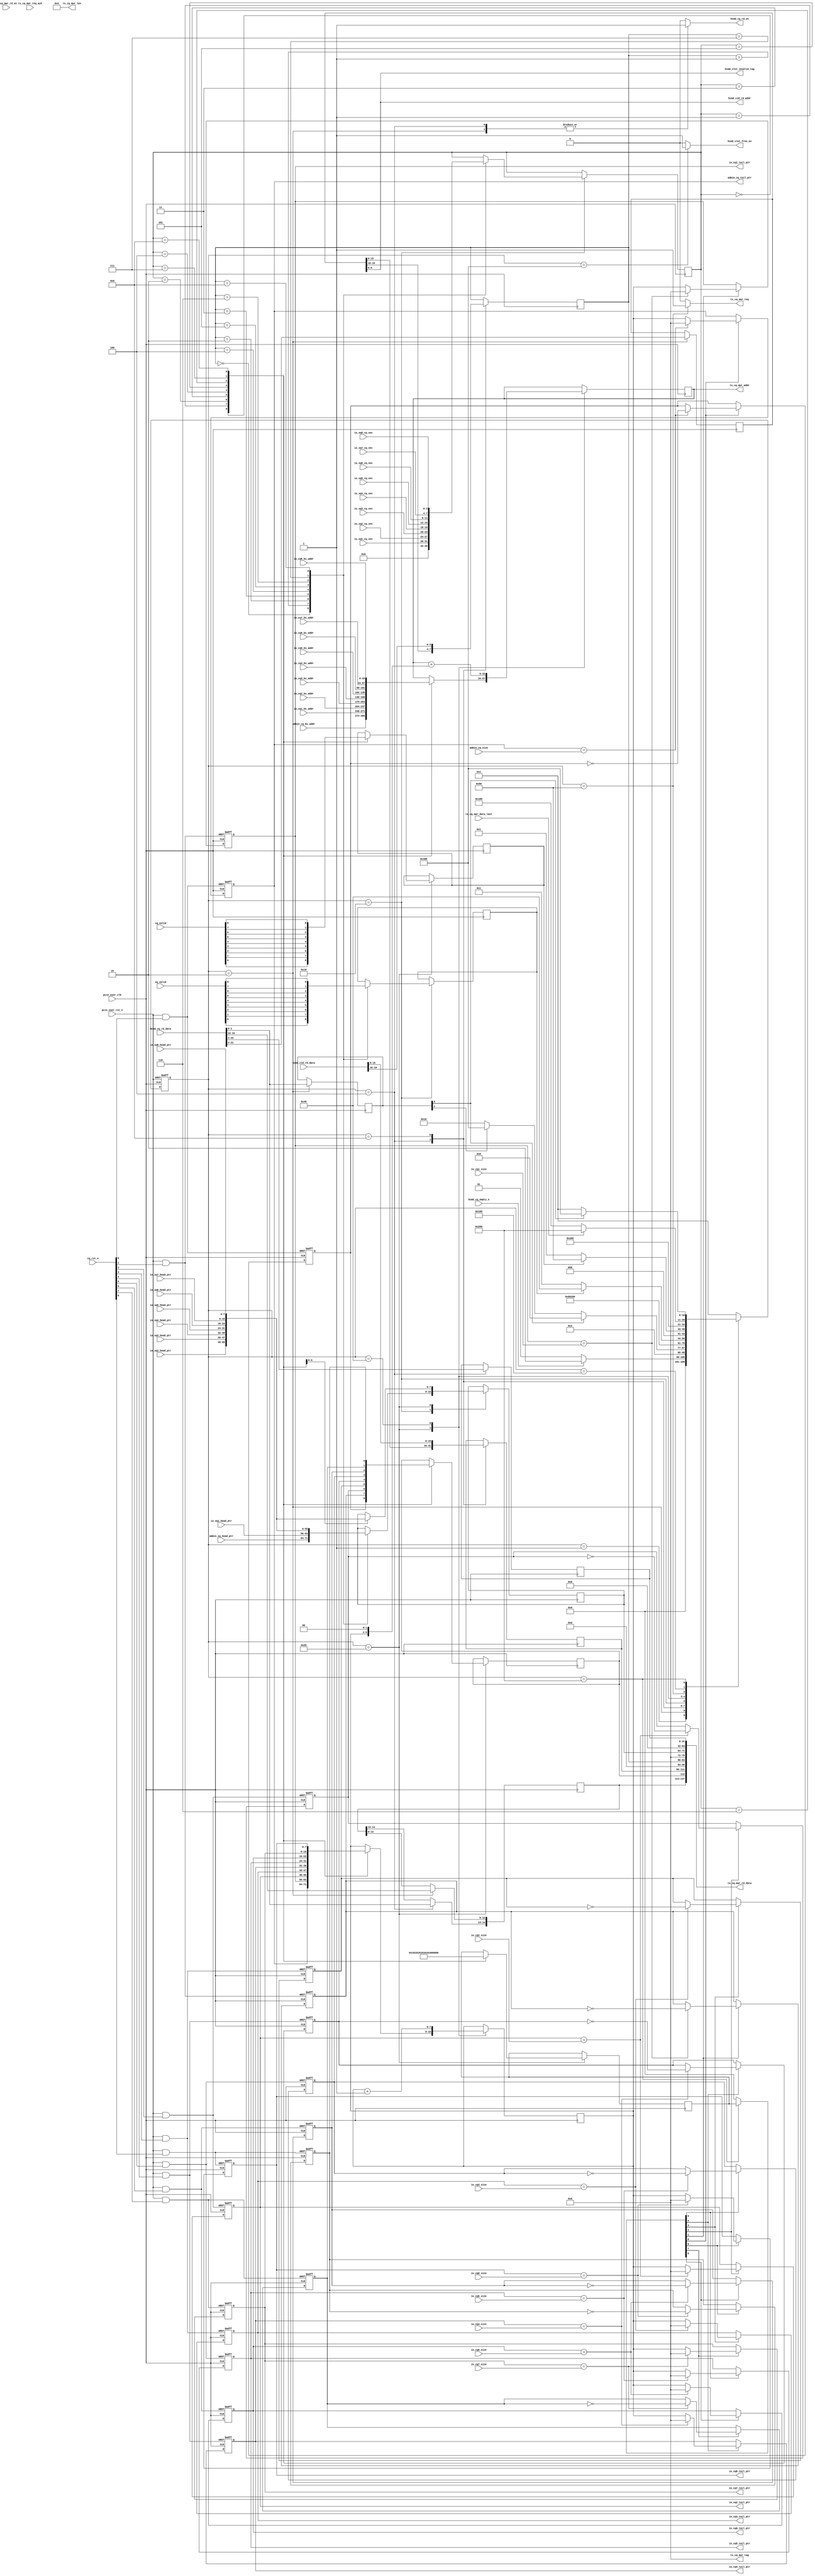

/*
----------------------------------------------------------------------------------
Copyright (c) 2013-2014

  Embedded and Network Computing Lab.
  Open SSD Project
  Hanyang University

All rights reserved.

----------------------------------------------------------------------------------

Redistribution and use in source and binary forms, with or without
modification, are permitted provided that the following conditions are
met:

  1. Redistributions of source code must retain the above copyright
     notice, this list of conditions and the following disclaimer.

  2. Redistributions in binary form must reproduce the above copyright
     notice, this list of conditions and the following disclaimer in the
     documentation and/or other materials provided with the distribution.

  3. All advertising materials mentioning features or use of this source code
     must display the following acknowledgement:
     This product includes source code developed 
     by the Embedded and Network Computing Lab. and the Open SSD Project.

THIS SOFTWARE IS PROVIDED BY THE COPYRIGHT HOLDERS AND CONTRIBUTORS "AS IS" AND
ANY EXPRESS OR IMPLIED WARRANTIES, INCLUDING, BUT NOT LIMITED TO, THE IMPLIED
WARRANTIES OF MERCHANTABILITY AND FITNESS FOR A PARTICULAR PURPOSE ARE
DISCLAIMED. IN NO EVENT SHALL THE COPYRIGHT OWNER OR CONTRIBUTORS BE LIABLE FOR
ANY DIRECT, INDIRECT, INCIDENTAL, SPECIAL, EXEMPLARY, OR CONSEQUENTIAL DAMAGES
(INCLUDING, BUT NOT LIMITED TO, PROCUREMENT OF SUBSTITUTE GOODS OR SERVICES;
LOSS OF USE, DATA, OR PROFITS; OR BUSINESS INTERRUPTION) HOWEVER CAUSED AND
ON ANY THEORY OF LIABILITY, WHETHER IN CONTRACT, STRICT LIABILITY, OR TORT
(INCLUDING NEGLIGENCE OR OTHERWISE) ARISING IN ANY WAY OUT OF THE USE OF THIS
SOFTWARE, EVEN IF ADVISED OF THE POSSIBILITY OF SUCH DAMAGE.

----------------------------------------------------------------------------------

http://enclab.hanyang.ac.kr/
http://www.openssd-project.org/
http://www.hanyang.ac.kr/

----------------------------------------------------------------------------------
*/


`timescale 1ns / 1ps


module pcie_hcmd_cq_req # (
	parameter	C_PCIE_DATA_WIDTH			= 128,
	parameter	C_PCIE_ADDR_WIDTH			= 36
)
(
	input									pcie_user_clk,
	input									pcie_user_rst_n,

	output									hcmd_cq_rd_en,
	input	[34:0]							hcmd_cq_rd_data,
	input									hcmd_cq_empty_n,

	output	[6:0]							hcmd_cid_rd_addr,
	input	[19:0]							hcmd_cid_rd_data,

	input	[3:0]							io_sq1_cq_vec,
	input	[3:0]							io_sq2_cq_vec,
	input	[3:0]							io_sq3_cq_vec,
	input	[3:0]							io_sq4_cq_vec,
	input	[3:0]							io_sq5_cq_vec,
	input	[3:0]							io_sq6_cq_vec,
	input	[3:0]							io_sq7_cq_vec,
	input	[3:0]							io_sq8_cq_vec,

	input	[8:0]							sq_valid,
	input	[8:0]							cq_rst_n,
	input	[8:0]							cq_valid,
	input	[7:0]							admin_cq_size,
	input	[7:0]							io_cq1_size,
	input	[7:0]							io_cq2_size,
	input	[7:0]							io_cq3_size,
	input	[7:0]							io_cq4_size,
	input	[7:0]							io_cq5_size,
	input	[7:0]							io_cq6_size,
	input	[7:0]							io_cq7_size,
	input	[7:0]							io_cq8_size,
	input	[C_PCIE_ADDR_WIDTH-1:2]			admin_cq_bs_addr,
	input	[C_PCIE_ADDR_WIDTH-1:2]			io_cq1_bs_addr,
	input	[C_PCIE_ADDR_WIDTH-1:2]			io_cq2_bs_addr,
	input	[C_PCIE_ADDR_WIDTH-1:2]			io_cq3_bs_addr,
	input	[C_PCIE_ADDR_WIDTH-1:2]			io_cq4_bs_addr,
	input	[C_PCIE_ADDR_WIDTH-1:2]			io_cq5_bs_addr,
	input	[C_PCIE_ADDR_WIDTH-1:2]			io_cq6_bs_addr,
	input	[C_PCIE_ADDR_WIDTH-1:2]			io_cq7_bs_addr,
	input	[C_PCIE_ADDR_WIDTH-1:2]			io_cq8_bs_addr,

	output	[7:0]							admin_cq_tail_ptr,
	output	[7:0]							io_cq1_tail_ptr,
	output	[7:0]							io_cq2_tail_ptr,
	output	[7:0]							io_cq3_tail_ptr,
	output	[7:0]							io_cq4_tail_ptr,
	output	[7:0]							io_cq5_tail_ptr,
	output	[7:0]							io_cq6_tail_ptr,
	output	[7:0]							io_cq7_tail_ptr,
	output	[7:0]							io_cq8_tail_ptr,

	input	[7:0]							admin_sq_head_ptr,
	input	[7:0]							io_sq1_head_ptr,
	input	[7:0]							io_sq2_head_ptr,
	input	[7:0]							io_sq3_head_ptr,
	input	[7:0]							io_sq4_head_ptr,
	input	[7:0]							io_sq5_head_ptr,
	input	[7:0]							io_sq6_head_ptr,
	input	[7:0]							io_sq7_head_ptr,
	input	[7:0]							io_sq8_head_ptr,

	output									hcmd_slot_free_en,
	output	[6:0]							hcmd_slot_invalid_tag,

	output									tx_cq_mwr_req,
	output	[7:0]							tx_cq_mwr_tag,
	output	[11:2]							tx_cq_mwr_len,
	output	[C_PCIE_ADDR_WIDTH-1:2]			tx_cq_mwr_addr,
	input									tx_cq_mwr_req_ack,
	input									tx_cq_mwr_rd_en,
	output	[C_PCIE_DATA_WIDTH-1:0]			tx_cq_mwr_rd_data,
	input									tx_cq_mwr_data_last
);

localparam	LP_CPL_PCIE_TAG_PREFIX			= 8'b00000000;
localparam	LP_CPL_SIZE						= 10'h04;


localparam	S_IDLE							= 11'b00000000001;
localparam	S_CPL_STATUS0					= 11'b00000000010;
localparam	S_CPL_STATUS1					= 11'b00000000100;
localparam	S_CPL_STATUS2					= 11'b00000001000;
localparam	S_CPL_STATUS3					= 11'b00000010000;
localparam	S_HEAD_PTR						= 11'b00000100000;
localparam	S_PCIE_ADDR						= 11'b00001000000;
localparam	S_PCIE_MWR_REQ					= 11'b00010000000;
localparam	S_PCIE_MWR_DATA_LAST			= 11'b00100000000;
localparam	S_PCIE_MWR_DONE					= 11'b01000000000;
localparam	S_PCIE_SLOT_RELEASE				= 11'b10000000000;

reg		[10:0]								cur_state;
reg		[10:0]								next_state;

reg											r_sq_is_valid;
reg											r_cq_is_valid;

reg		[7:0]								r_admin_cq_tail_ptr;
reg		[7:0]								r_io_cq1_tail_ptr;
reg		[7:0]								r_io_cq2_tail_ptr;
reg		[7:0]								r_io_cq3_tail_ptr;
reg		[7:0]								r_io_cq4_tail_ptr;
reg		[7:0]								r_io_cq5_tail_ptr;
reg		[7:0]								r_io_cq6_tail_ptr;
reg		[7:0]								r_io_cq7_tail_ptr;
reg		[7:0]								r_io_cq8_tail_ptr;
reg		[8:0]								r_cq_phase_tag;

reg		[3:0]								r_sq_cq_vec;
reg		[8:0]								r_cq_valid_entry;
reg		[8:0]								r_cq_update_entry;

reg											r_hcmd_cq_rd_en;
wire	[6:0]								w_hcmd_slot_tag;
reg											r_hcmd_slot_free_en;

reg		[1:0]								r_cql_type;
reg		[19:0]								r_cql_info;
reg		[3:0]								r_cpl_sq_qid;
reg		[15:0]								r_cpl_cid;
reg		[14:0]								r_cpl_status;
reg		[31:0]								r_cpl_specific;
reg		[7:0]								r_cq_tail_ptr;
reg		[7:0]								r_sq_head_ptr;
reg											r_phase_tag;

reg											r_tx_cq_mwr_req;
reg		[C_PCIE_ADDR_WIDTH-1:2]				r_tx_cq_mwr_addr;
wire	[31:0]								w_cpl_dw0;
wire	[31:0]								w_cpl_dw1;
wire	[31:0]								w_cpl_dw2;
wire	[31:0]								w_cpl_dw3;

wire	[8:0]								w_cq_rst_n;

assign admin_cq_tail_ptr = r_admin_cq_tail_ptr;
assign io_cq1_tail_ptr = r_io_cq1_tail_ptr;
assign io_cq2_tail_ptr = r_io_cq2_tail_ptr;
assign io_cq3_tail_ptr = r_io_cq3_tail_ptr;
assign io_cq4_tail_ptr = r_io_cq4_tail_ptr;
assign io_cq5_tail_ptr = r_io_cq5_tail_ptr;
assign io_cq6_tail_ptr = r_io_cq6_tail_ptr;
assign io_cq7_tail_ptr = r_io_cq7_tail_ptr;
assign io_cq8_tail_ptr = r_io_cq8_tail_ptr;

assign hcmd_cq_rd_en = r_hcmd_cq_rd_en;
assign hcmd_cid_rd_addr = w_hcmd_slot_tag;
assign hcmd_slot_free_en = r_hcmd_slot_free_en;
assign hcmd_slot_invalid_tag = w_hcmd_slot_tag;

assign w_cpl_dw0 = r_cpl_specific;
assign w_cpl_dw1 = 0;
assign w_cpl_dw2 = {12'b0, r_cpl_sq_qid, 8'b0, r_sq_head_ptr};
assign w_cpl_dw3 = {r_cpl_status, r_phase_tag, r_cpl_cid};

assign tx_cq_mwr_req = r_tx_cq_mwr_req;
assign tx_cq_mwr_tag = LP_CPL_PCIE_TAG_PREFIX;
assign tx_cq_mwr_len = LP_CPL_SIZE;
assign tx_cq_mwr_addr = r_tx_cq_mwr_addr;
assign tx_cq_mwr_rd_data = {w_cpl_dw3, w_cpl_dw2, w_cpl_dw1, w_cpl_dw0};

always @ (posedge pcie_user_clk or negedge pcie_user_rst_n)
begin
	if(pcie_user_rst_n == 0)
		cur_state <= S_IDLE;
	else
		cur_state <= next_state;
end

always @ (*)
begin
	case(cur_state)
		S_IDLE: begin
			if(hcmd_cq_empty_n == 1)
				next_state <= S_CPL_STATUS0;
			else
				next_state <= S_IDLE;
		end
		S_CPL_STATUS0: begin
			next_state <= S_CPL_STATUS1;
		end
		S_CPL_STATUS1: begin
			if(r_cql_type[0] == 1)
				next_state <= S_CPL_STATUS2;
			else if(r_cql_type[1] == 1)
				next_state <= S_PCIE_SLOT_RELEASE;
			else
				next_state <= S_CPL_STATUS3;
		end
		S_CPL_STATUS2: begin
			next_state <= S_CPL_STATUS3;
		end
		S_CPL_STATUS3: begin
			next_state <= S_HEAD_PTR;
		end
		S_HEAD_PTR: begin
			if(r_sq_is_valid == 1)
				next_state <= S_PCIE_ADDR;
			else
				next_state <= S_IDLE;
		end
		S_PCIE_ADDR: begin
			if(r_cq_is_valid == 1)
				next_state <= S_PCIE_MWR_REQ;
			else
				next_state <= S_IDLE;
		end
		S_PCIE_MWR_REQ: begin
			next_state <= S_PCIE_MWR_DATA_LAST;
		end
		S_PCIE_MWR_DATA_LAST: begin
			if(tx_cq_mwr_data_last == 1)
				next_state <= S_PCIE_MWR_DONE;
			else
				next_state <= S_PCIE_MWR_DATA_LAST;
		end
		S_PCIE_MWR_DONE: begin
			if(r_cql_type[0] == 1)
				next_state <= S_PCIE_SLOT_RELEASE;
			else
				next_state <= S_IDLE;
		end
		S_PCIE_SLOT_RELEASE: begin
			next_state <= S_IDLE;
		end
		default: begin
			next_state <= S_IDLE;
		end
	endcase
end

assign w_hcmd_slot_tag = r_cql_info[6:0];

always @ (posedge pcie_user_clk)
begin
	case(cur_state)
		S_IDLE: begin

		end
		S_CPL_STATUS0: begin
			r_cql_type <= hcmd_cq_rd_data[1:0];
			r_cql_info <= hcmd_cq_rd_data[21:2];
			r_cpl_status[12:0] <= hcmd_cq_rd_data[34:22];
		end
		S_CPL_STATUS1: begin
			r_cpl_cid <= r_cql_info[15:0];
			r_cpl_sq_qid <= r_cql_info[19:16];
			r_cpl_status[14:13] <= hcmd_cq_rd_data[1:0];
			r_cpl_specific[31:0] <= hcmd_cq_rd_data[33:2];
		end
		S_CPL_STATUS2: begin
			r_cpl_cid <= hcmd_cid_rd_data[15:0];
			r_cpl_sq_qid <= hcmd_cid_rd_data[19:16];
		end
		S_CPL_STATUS3: begin
			case(r_cpl_sq_qid) // synthesis parallel_case full_case
				4'h0: begin
					r_sq_is_valid <= sq_valid[0];
					r_sq_cq_vec <= 4'h0;
					r_sq_head_ptr <= admin_sq_head_ptr;
				end
				4'h1: begin
					r_sq_is_valid <= sq_valid[1];
					r_sq_cq_vec <= io_sq1_cq_vec;
					r_sq_head_ptr <= io_sq1_head_ptr;
				end
				4'h2: begin
					r_sq_is_valid <= sq_valid[2];
					r_sq_cq_vec <= io_sq2_cq_vec;
					r_sq_head_ptr <= io_sq2_head_ptr;
				end
				4'h3: begin
					r_sq_is_valid <= sq_valid[3];
					r_sq_cq_vec <= io_sq3_cq_vec;
					r_sq_head_ptr <= io_sq3_head_ptr;
				end
				4'h4: begin
					r_sq_is_valid <= sq_valid[4];
					r_sq_cq_vec <= io_sq4_cq_vec;
					r_sq_head_ptr <= io_sq4_head_ptr;
				end
				4'h5: begin
					r_sq_is_valid <= sq_valid[5];
					r_sq_cq_vec <= io_sq5_cq_vec;
					r_sq_head_ptr <= io_sq5_head_ptr;
				end
				4'h6: begin
					r_sq_is_valid <= sq_valid[6];
					r_sq_cq_vec <= io_sq6_cq_vec;
					r_sq_head_ptr <= io_sq6_head_ptr;
				end
				4'h7: begin
					r_sq_is_valid <= sq_valid[7];
					r_sq_cq_vec <= io_sq7_cq_vec;
					r_sq_head_ptr <= io_sq7_head_ptr;
				end
				4'h8: begin
					r_sq_is_valid <= sq_valid[8];
					r_sq_cq_vec <= io_sq8_cq_vec;
					r_sq_head_ptr <= io_sq8_head_ptr;
				end
			endcase
		end
		S_HEAD_PTR: begin
			case(r_sq_cq_vec) // synthesis parallel_case full_case
				4'h0: begin
					r_cq_is_valid <= cq_valid[0];
					r_tx_cq_mwr_addr <= admin_cq_bs_addr;
					r_cq_tail_ptr <= r_admin_cq_tail_ptr;
					r_phase_tag <= r_cq_phase_tag[0];
					r_cq_valid_entry <= 9'b000000001;
				end
				4'h1: begin
					r_cq_is_valid <= cq_valid[1];
					r_tx_cq_mwr_addr <= io_cq1_bs_addr;
					r_cq_tail_ptr <= r_io_cq1_tail_ptr;
					r_phase_tag <= r_cq_phase_tag[1];
					r_cq_valid_entry <= 9'b000000010;
				end
				4'h2: begin
					r_cq_is_valid <= cq_valid[2];
					r_tx_cq_mwr_addr <= io_cq2_bs_addr;
					r_cq_tail_ptr <= r_io_cq2_tail_ptr;
					r_phase_tag <= r_cq_phase_tag[2];
					r_sq_head_ptr <= io_sq2_head_ptr;
					r_cq_valid_entry <= 9'b000000100;
				end
				4'h3: begin
					r_cq_is_valid <= cq_valid[3];
					r_tx_cq_mwr_addr <= io_cq3_bs_addr;
					r_cq_tail_ptr <= r_io_cq3_tail_ptr;
					r_phase_tag <= r_cq_phase_tag[3];
					r_sq_head_ptr <= io_sq3_head_ptr;
					r_cq_valid_entry <= 9'b000001000;
				end
				4'h4: begin
					r_cq_is_valid <= cq_valid[4];
					r_tx_cq_mwr_addr <= io_cq4_bs_addr;
					r_cq_tail_ptr <= r_io_cq4_tail_ptr;
					r_phase_tag <= r_cq_phase_tag[4];
					r_sq_head_ptr <= io_sq4_head_ptr;
					r_cq_valid_entry <= 9'b000010000;
				end
				4'h5: begin
					r_cq_is_valid <= cq_valid[5];
					r_tx_cq_mwr_addr <= io_cq5_bs_addr;
					r_cq_tail_ptr <= r_io_cq5_tail_ptr;
					r_phase_tag <= r_cq_phase_tag[5];
					r_sq_head_ptr <= io_sq5_head_ptr;
					r_cq_valid_entry <= 9'b000100000;
				end
				4'h6: begin
					r_cq_is_valid <= cq_valid[6];
					r_tx_cq_mwr_addr <= io_cq6_bs_addr;
					r_cq_tail_ptr <= r_io_cq6_tail_ptr;
					r_phase_tag <= r_cq_phase_tag[6];
					r_sq_head_ptr <= io_sq6_head_ptr;
					r_cq_valid_entry <= 9'b001000000;
				end
				4'h7: begin
					r_cq_is_valid <= cq_valid[7];
					r_tx_cq_mwr_addr <= io_cq7_bs_addr;
					r_cq_tail_ptr <= r_io_cq7_tail_ptr;
					r_phase_tag <= r_cq_phase_tag[7];
					r_sq_head_ptr <= io_sq7_head_ptr;
					r_cq_valid_entry <= 9'b010000000;
				end
				4'h8: begin
					r_cq_is_valid <= cq_valid[8];
					r_tx_cq_mwr_addr <= io_cq8_bs_addr;
					r_cq_tail_ptr <= r_io_cq8_tail_ptr;
					r_phase_tag <= r_cq_phase_tag[8];
					r_sq_head_ptr <= io_sq8_head_ptr;
					r_cq_valid_entry <= 9'b100000000;
				end
			endcase
		end
		S_PCIE_ADDR: begin
			r_tx_cq_mwr_addr <= r_tx_cq_mwr_addr + {r_cq_tail_ptr, 2'b0};
			r_cq_tail_ptr <= r_cq_tail_ptr + 1;
		end
		S_PCIE_MWR_REQ: begin

		end
		S_PCIE_MWR_DATA_LAST: begin

		end
		S_PCIE_MWR_DONE: begin

		end
		S_PCIE_SLOT_RELEASE: begin
			
		end
		default: begin

		end
	endcase
end



always @ (*)
begin
	case(cur_state)
		S_IDLE: begin
			r_hcmd_cq_rd_en <= 0;
			r_tx_cq_mwr_req <= 0;
			r_cq_update_entry <= 0;
			r_hcmd_slot_free_en <= 0;
		end
		S_CPL_STATUS0: begin
			r_hcmd_cq_rd_en <= 1;
			r_tx_cq_mwr_req <= 0;
			r_cq_update_entry <= 0;
			r_hcmd_slot_free_en <= 0;
		end
		S_CPL_STATUS1: begin
			r_hcmd_cq_rd_en <= 1;
			r_tx_cq_mwr_req <= 0;
			r_cq_update_entry <= 0;
			r_hcmd_slot_free_en <= 0;
		end
		S_CPL_STATUS2: begin
			r_hcmd_cq_rd_en <= 0;
			r_tx_cq_mwr_req <= 0;
			r_cq_update_entry <= 0;
			r_hcmd_slot_free_en <= 0;
		end
		S_CPL_STATUS3: begin
			r_hcmd_cq_rd_en <= 0;
			r_tx_cq_mwr_req <= 0;
			r_cq_update_entry <= 0;
			r_hcmd_slot_free_en <= 0;
		end
		S_HEAD_PTR: begin
			r_hcmd_cq_rd_en <= 0;
			r_tx_cq_mwr_req <= 0;
			r_cq_update_entry <= 0;
			r_hcmd_slot_free_en <= 0;
		end
		S_PCIE_ADDR: begin
			r_hcmd_cq_rd_en <= 0;
			r_tx_cq_mwr_req <= 0;
			r_cq_update_entry <= 0;
			r_hcmd_slot_free_en <= 0;
		end
		S_PCIE_MWR_REQ: begin
			r_hcmd_cq_rd_en <= 0;
			r_tx_cq_mwr_req <= 1;
			r_cq_update_entry <= 0;
			r_hcmd_slot_free_en <= 0;
		end
		S_PCIE_MWR_DATA_LAST: begin
			r_hcmd_cq_rd_en <= 0;
			r_tx_cq_mwr_req <= 0;
			r_cq_update_entry <= 0;
			r_hcmd_slot_free_en <= 0;
		end
		S_PCIE_MWR_DONE: begin
			r_hcmd_cq_rd_en <= 0;
			r_tx_cq_mwr_req <= 0;
			r_cq_update_entry <= r_cq_valid_entry;
			r_hcmd_slot_free_en <= 0;
		end
		S_PCIE_SLOT_RELEASE: begin
			r_hcmd_cq_rd_en <= 0;
			r_tx_cq_mwr_req <= 0;
			r_cq_update_entry <= 0;
			r_hcmd_slot_free_en <= 1;
		end
		default: begin
			r_hcmd_cq_rd_en <= 0;
			r_tx_cq_mwr_req <= 0;
			r_cq_update_entry <= 0;
			r_hcmd_slot_free_en <= 0;
		end
	endcase
end


assign w_cq_rst_n[0] = pcie_user_rst_n & cq_rst_n[0];
assign w_cq_rst_n[1] = pcie_user_rst_n & cq_rst_n[1];
assign w_cq_rst_n[2] = pcie_user_rst_n & cq_rst_n[2];
assign w_cq_rst_n[3] = pcie_user_rst_n & cq_rst_n[3];
assign w_cq_rst_n[4] = pcie_user_rst_n & cq_rst_n[4];
assign w_cq_rst_n[5] = pcie_user_rst_n & cq_rst_n[5];
assign w_cq_rst_n[6] = pcie_user_rst_n & cq_rst_n[6];
assign w_cq_rst_n[7] = pcie_user_rst_n & cq_rst_n[7];
assign w_cq_rst_n[8] = pcie_user_rst_n & cq_rst_n[8];

always @ (posedge pcie_user_clk or negedge w_cq_rst_n[0])
begin
	if(w_cq_rst_n[0] == 0) begin
		r_admin_cq_tail_ptr <= 0;
		r_cq_phase_tag[0] <= 1;
	end
	else begin
		if(r_cq_update_entry[0] == 1) begin
			if(r_admin_cq_tail_ptr == admin_cq_size) begin
				r_admin_cq_tail_ptr <= 0;
				r_cq_phase_tag[0] <= ~r_cq_phase_tag[0];
			end
			else begin
				r_admin_cq_tail_ptr <= r_cq_tail_ptr;
			end
		end
	end
end

always @ (posedge pcie_user_clk or negedge w_cq_rst_n[1])
begin
	if(w_cq_rst_n[1] == 0) begin
		r_io_cq1_tail_ptr <= 0;
		r_cq_phase_tag[1] <= 1;
	end
	else begin
		if(r_cq_update_entry[1] == 1) begin
			if(r_io_cq1_tail_ptr == io_cq1_size) begin
				r_io_cq1_tail_ptr <= 0;
				r_cq_phase_tag[1] <= ~r_cq_phase_tag[1];
			end
			else begin
				r_io_cq1_tail_ptr <= r_cq_tail_ptr;
			end
		end
	end
end

always @ (posedge pcie_user_clk or negedge w_cq_rst_n[2])
begin
	if(w_cq_rst_n[2] == 0) begin
		r_io_cq2_tail_ptr <= 0;
		r_cq_phase_tag[2] <= 1;
	end
	else begin
		if(r_cq_update_entry[2] == 1) begin
			if(r_io_cq2_tail_ptr == io_cq2_size) begin
				r_io_cq2_tail_ptr <= 0;
				r_cq_phase_tag[2] <= ~r_cq_phase_tag[2];
			end
			else begin
				r_io_cq2_tail_ptr <= r_cq_tail_ptr;
			end
		end
	end
end

always @ (posedge pcie_user_clk or negedge w_cq_rst_n[3])
begin
	if(w_cq_rst_n[3] == 0) begin
		r_io_cq3_tail_ptr <= 0;
		r_cq_phase_tag[3] <= 1;
	end
	else begin
		if(r_cq_update_entry[3] == 1) begin
			if(r_io_cq3_tail_ptr == io_cq3_size) begin
				r_io_cq3_tail_ptr <= 0;
				r_cq_phase_tag[3] <= ~r_cq_phase_tag[3];
			end
			else begin
				r_io_cq3_tail_ptr <= r_cq_tail_ptr;
			end
		end
	end
end

always @ (posedge pcie_user_clk or negedge w_cq_rst_n[4])
begin
	if(w_cq_rst_n[4] == 0) begin
		r_io_cq4_tail_ptr <= 0;
		r_cq_phase_tag[4] <= 1;
	end
	else begin
		if(r_cq_update_entry[4] == 1) begin
			if(r_io_cq4_tail_ptr == io_cq4_size) begin
				r_io_cq4_tail_ptr <= 0;
				r_cq_phase_tag[4] <= ~r_cq_phase_tag[4];
			end
			else begin
				r_io_cq4_tail_ptr <= r_cq_tail_ptr;
			end
		end
	end
end

always @ (posedge pcie_user_clk or negedge w_cq_rst_n[5])
begin
	if(w_cq_rst_n[5] == 0) begin
		r_io_cq5_tail_ptr <= 0;
		r_cq_phase_tag[5] <= 1;
	end
	else begin
		if(r_cq_update_entry[5] == 1) begin
			if(r_io_cq5_tail_ptr == io_cq5_size) begin
				r_io_cq5_tail_ptr <= 0;
				r_cq_phase_tag[5] <= ~r_cq_phase_tag[5];
			end
			else begin
				r_io_cq5_tail_ptr <= r_cq_tail_ptr;
			end
		end
	end
end

always @ (posedge pcie_user_clk or negedge w_cq_rst_n[6])
begin
	if(w_cq_rst_n[6] == 0) begin
		r_io_cq6_tail_ptr <= 0;
		r_cq_phase_tag[6] <= 1;
	end
	else begin
		if(r_cq_update_entry[6] == 1) begin
			if(r_io_cq6_tail_ptr == io_cq6_size) begin
				r_io_cq6_tail_ptr <= 0;
				r_cq_phase_tag[6] <= ~r_cq_phase_tag[6];
			end
			else begin
				r_io_cq6_tail_ptr <= r_cq_tail_ptr;
			end
		end
	end
end

always @ (posedge pcie_user_clk or negedge w_cq_rst_n[7])
begin
	if(w_cq_rst_n[7] == 0) begin
		r_io_cq7_tail_ptr <= 0;
		r_cq_phase_tag[7] <= 1;
	end
	else begin
		if(r_cq_update_entry[7] == 1) begin
			if(r_io_cq7_tail_ptr == io_cq7_size) begin
				r_io_cq7_tail_ptr <= 0;
				r_cq_phase_tag[7] <= ~r_cq_phase_tag[7];
			end
			else begin
				r_io_cq7_tail_ptr <= r_cq_tail_ptr;
			end
		end
	end
end

always @ (posedge pcie_user_clk or negedge w_cq_rst_n[8])
begin
	if(w_cq_rst_n[8] == 0) begin
		r_io_cq8_tail_ptr <= 0;
		r_cq_phase_tag[8] <= 1;
	end
	else begin
		if(r_cq_update_entry[8] == 1) begin
			if(r_io_cq8_tail_ptr == io_cq8_size) begin
				r_io_cq8_tail_ptr <= 0;
				r_cq_phase_tag[8] <= ~r_cq_phase_tag[8];
			end
			else begin
				r_io_cq8_tail_ptr <= r_cq_tail_ptr;
			end
		end
	end
end

endmodule